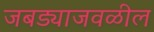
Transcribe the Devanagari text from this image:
जबड्याजवळील